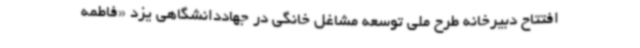
افتتاح دبیرخانه طرح ملی توسعه مشاغل خانگی در جهاددانشگاهی یزد «فاطمه